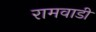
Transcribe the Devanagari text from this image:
रामवाडी